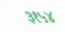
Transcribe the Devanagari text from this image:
३१५४